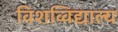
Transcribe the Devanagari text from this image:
विशव्विद्याल्य